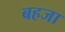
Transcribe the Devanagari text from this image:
बहजा